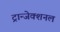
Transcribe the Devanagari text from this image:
ट्रान्जेक्शनल